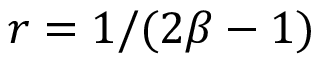
r = 1 / ( 2 \beta - 1 )